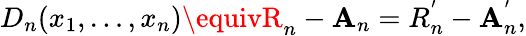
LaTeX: D_{n}(x_{1},\ldots,x_{n})\equivR_{n}-\mathbf{A}_{n}=R_{n}^{^{\prime}}-\mathbf{A}_{n}^{^{\prime}},